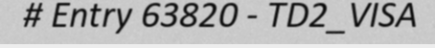
# Entry 63820 - TD2_VISA